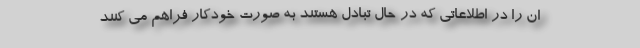
ان را در اطلاعاتی که در حال تبادل هستند به صورت خودکار فراهم می کنند